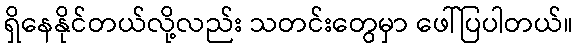
ရှိနေနိုင်တယ်လို့လည်း သတင်းတွေမှာ ဖေါ်ပြပါတယ်။